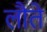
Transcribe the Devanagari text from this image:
लौते